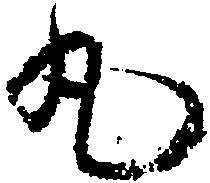
丸